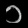
Digit: ၁